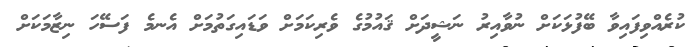
ކުރެއްވިފައިވާ ބޭފުޅަކަށް ނުވާއިރު ނަޝީދަށް ޤައުމުގެ ވެރިކަމަށް ވަޑައިގަތުމަށް އެނމެ ފަސޭހަ ނިޒާމަކަށް